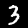
Digit: 3